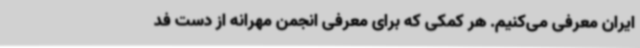
ایران معرفی می‌کنیم. هر کمکی که برای معرفی انجمن مهرانه از دست فد